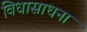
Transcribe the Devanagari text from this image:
विधासाधना